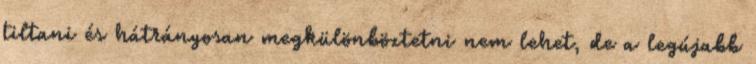
tiltani és hátrányosan megkülönböztetni nem lehet, de a legújabb